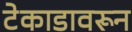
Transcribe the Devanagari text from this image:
टेकाडावरून